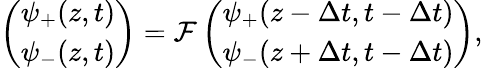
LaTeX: \left(\begin{array}{c}{{\psi_{+}(z,t)}}\\ {{\psi_{-}(z,t)}}\end{array}\right)=\mathcal{F}\left(\begin{array}{c}{{\psi_{+}(z-\Delta t,t-\Delta t)}}\\ {{\psi_{-}(z+\Delta t,t-\Delta t)}}\end{array}\right),